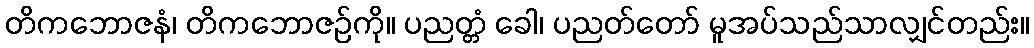
တိကဘောဇနံ၊ တိကဘောဇဉ်ကို။ ပညတ္တံ ခေါ၊ ပညတ်တော် မူအပ်သည်သာလျှင်တည်း။